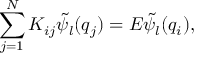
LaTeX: \sum _ { j = 1 } ^ { N } K _ { i j } \tilde { \psi } _ { l } ( q _ { j } ) = E \tilde { \psi } _ { l } ( q _ { i } ) ,